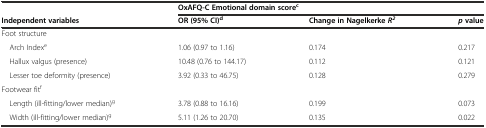
|  | <COLSPAN=3> OxAFQ-C Emotional domain scorec |
 | Independent variables | OR (95% CI)d | Change in NagelkerkeR2 | pvalue |
 | --- | --- | --- | --- |
 | Foot structure |  |  |  |
 | Arch Indexe | 1.06 (0.97 to 1.16) | 0.174 | 0.217 |
 | Hallux valgus (presence) | 10.48 (0.76 to 144.17) | 0.112 | 0.121 |
 | Lesser toe deformity (presence) | 3.92 (0.33 to 46.75) | 0.128 | 0.279 |
 | Footwear fitf |  |  |  |
 | Length (ill-fitting/lower median)g | 3.78 (0.88 to 16.16) | 0.199 | 0.073 |
 | Width (ill-fitting/lower median)g | 5.11 (1.26 to 20.70) | 0.135 | 0.022 |